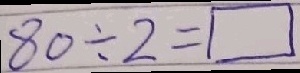
8 0 \div 2 = \square